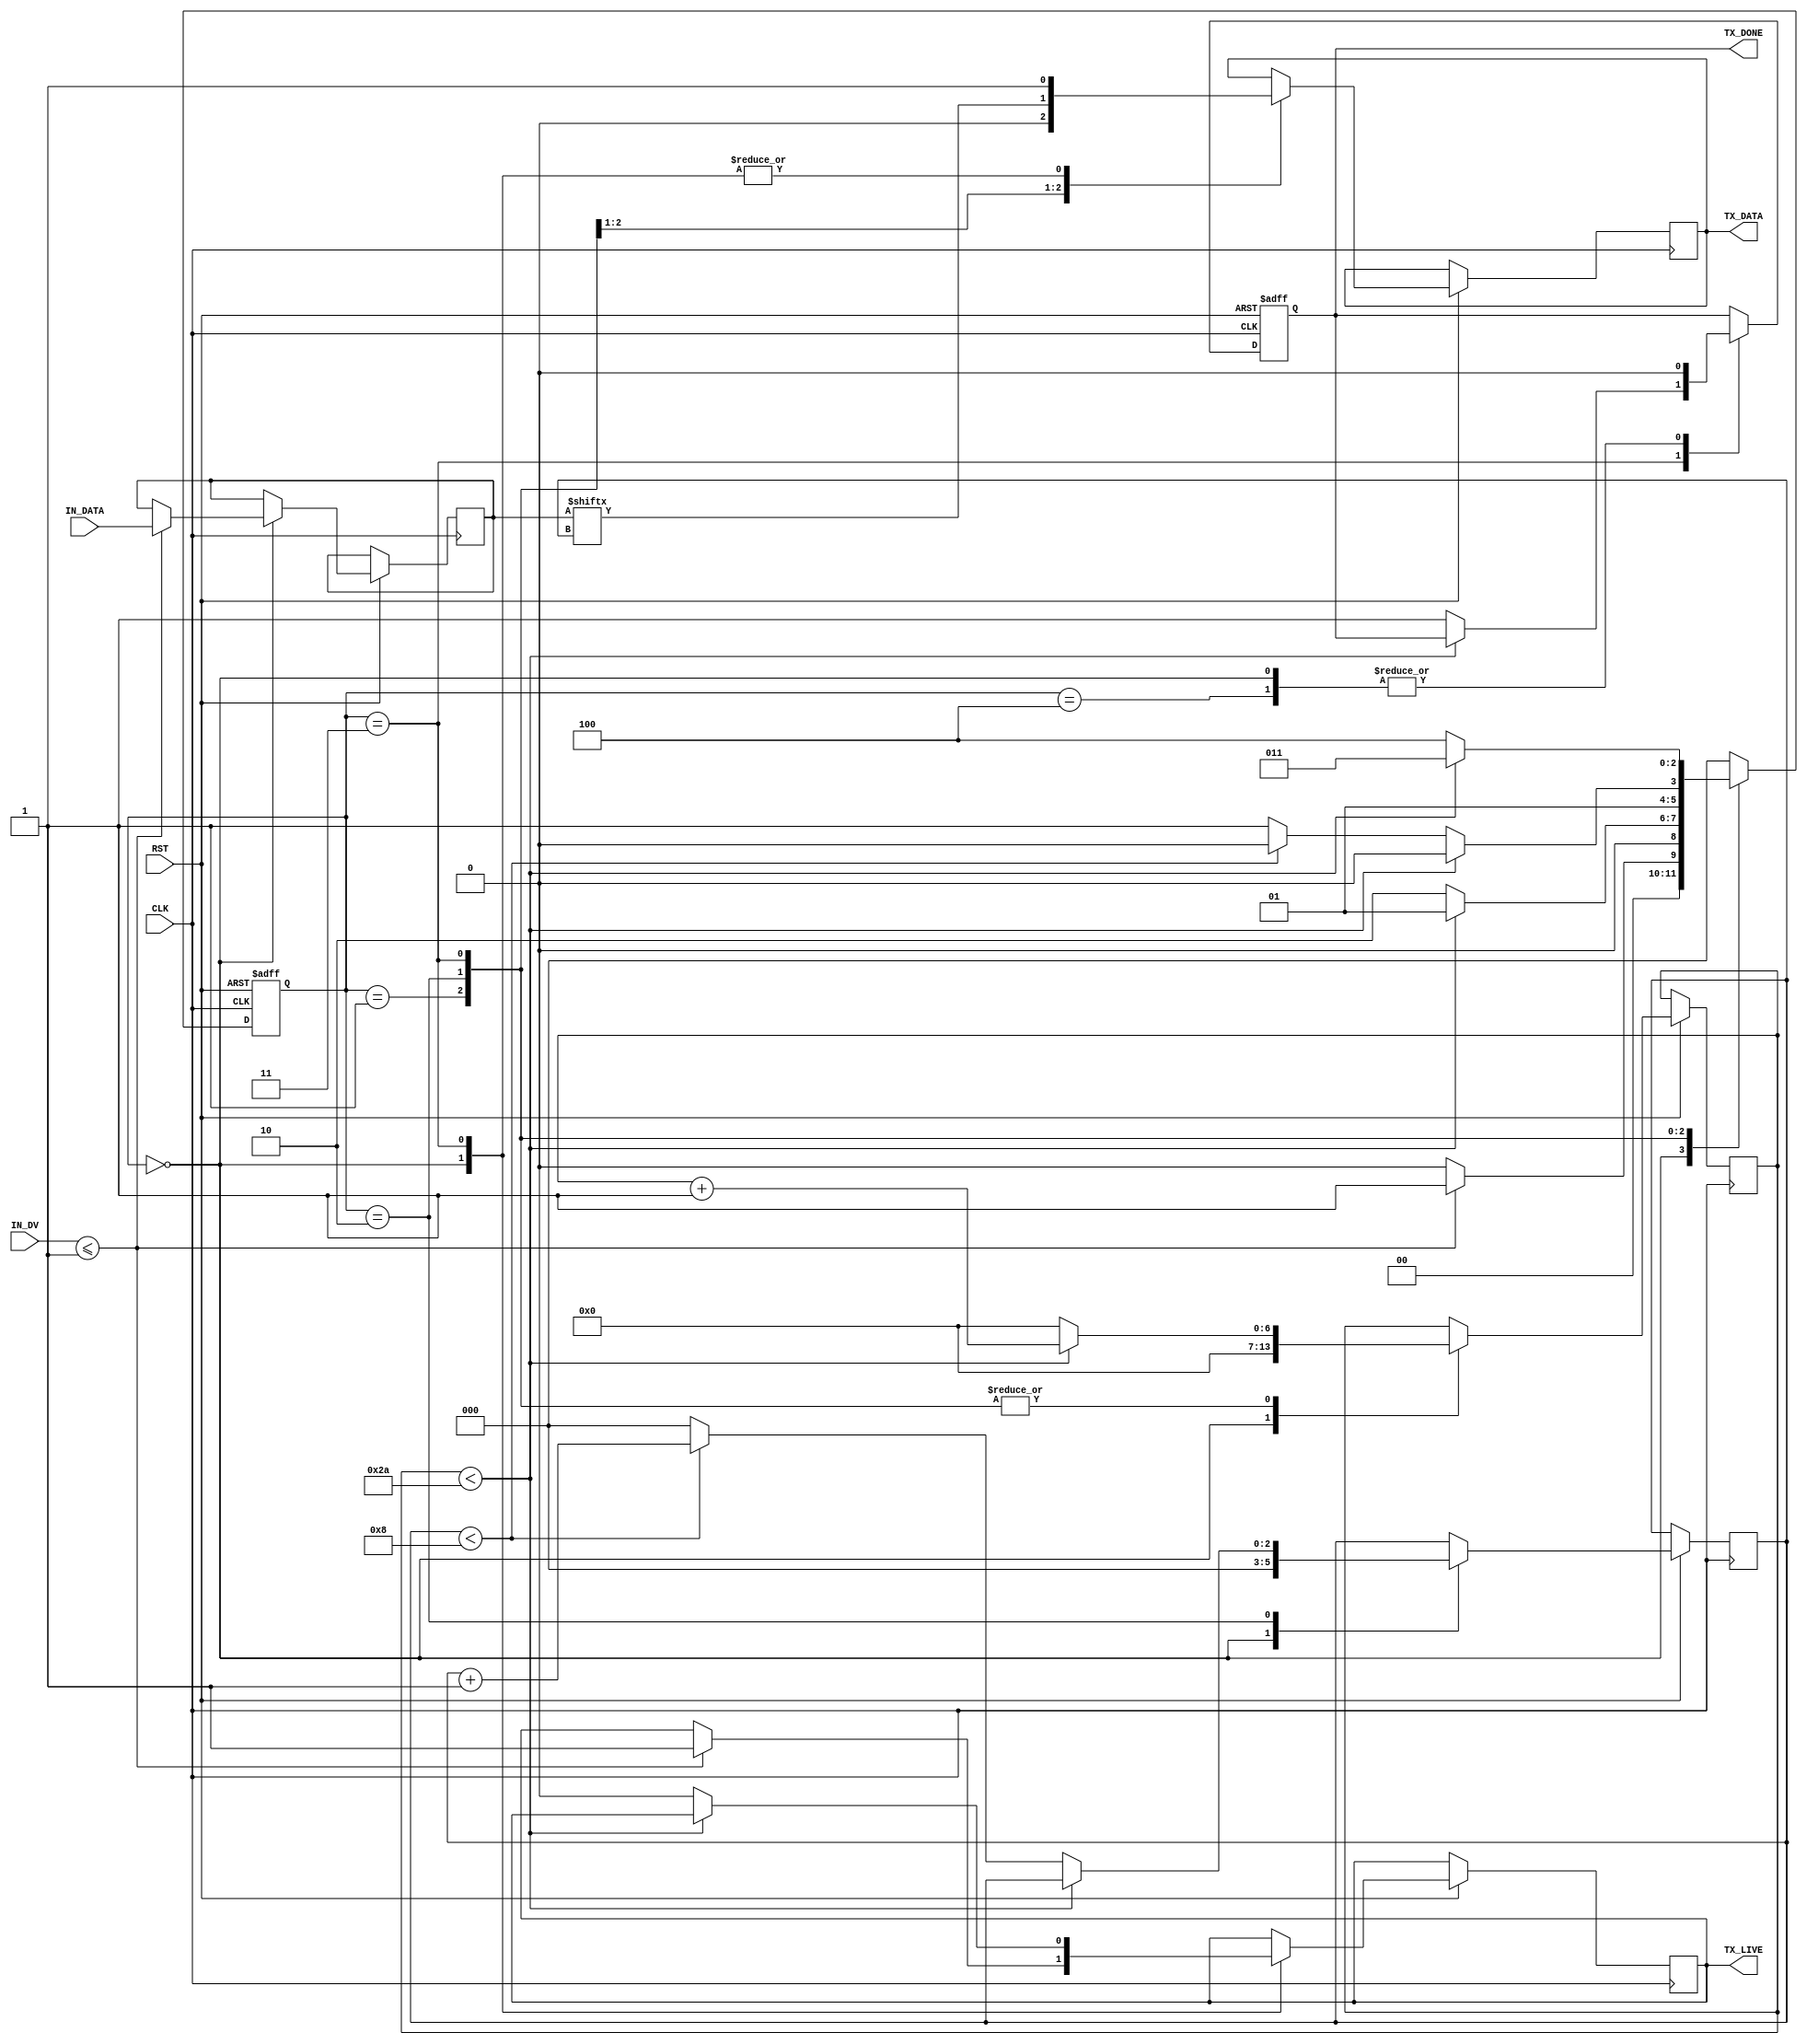
`timescale 1ns / 1ps
//__________________________________________________________________________________________________________//
//                             UART Transmitter Inspired from nandland.com                                  //
//                             Setting BAUD rate to 115200 and clock to 5Mhz                                //
//__________________________________________________________________________________________________________//

module TRX                             //This is clocks used per bit obtained by Clock_freq/Baud_rate 
(
input RST,CLK,
input IN_DV,                                                //Input data valid bit 
input [7:0] IN_DATA,                                        //Input data 8 bit length 
output reg TX_LIVE,                                        //Output signal indicating Transmission is active
output reg TX_DONE,                                        //Output signal indicating Transmission is complete
output reg TX_DATA                                         //Transmitted Data
);

parameter CLKS_PER_BIT = 43;                               //This is clocks used per bit obtained by Clock_freq/Baud_rate 

//Defining different states
localparam IDLE  = 3'b000;
localparam START = 3'b001;
localparam SEND  = 3'b010;
localparam STOP  = 3'b011;
localparam CLR   = 3'b100;

//Setting up various containers used inside the module 

reg [2:0] state;                                          //Holds the current state of the machine
reg [2:0] bit_index;                                      //for iterating through data for transmission 
reg [$clog2(CLKS_PER_BIT):0] clk_count;                   //$clog2 is the log function with base 2, Here it gives the length for the clk counter
reg [7:0] DATA;                                           //Holds the Data that is to be transmitted

always@(posedge CLK or negedge RST)
begin
    //Chck for reset condition else continue 
    if (~RST)
    begin
        state <= IDLE;                       
        TX_DONE <= 1'b0;
    end
    
    else
    begin
        case (state)
        IDLE://IDLE state where there is no transmission is happening and constanty checks for the Datavalid signal to be activated
        begin
            TX_DATA <= 1'b1;
            TX_DONE <= 1'b0;
            clk_count <= 0;
            bit_index <= 3'b000;
            
            if(IN_DV <= 1'b1)
            begin
                TX_LIVE <= 1'b1;
                DATA <= IN_DATA;
                state <= START;
            end
            else
                state <= IDLE;
        end 
        
        
        START://START state initiates the UART protocol by pulling down TX_DATA to low for 1 bit
        begin
            TX_DATA <= 1'b0;
            
            if(clk_count < CLKS_PER_BIT-1)
            begin
                clk_count <= clk_count+1;
                state <= START;
            end
            else
            begin
                state <= SEND;
                clk_count <= 0;
            end
        end 
       
       
        SEND://SEND state is where the data is read and transmitted
        begin
            TX_DATA <= DATA[bit_index];
            
            if(clk_count < CLKS_PER_BIT-1)
            begin
                clk_count <= clk_count+1;
                state <= SEND;
            end
            else
            begin
                clk_count <= 0;
                if(bit_index  < 8)
                begin
                    bit_index <= bit_index+1;
                    state <= SEND;
                end
                else
                begin
                    bit_index <= 0;
                    state <= STOP;
                end
            end
        end 
          
          
        STOP://STOP state sends out the stop bit and resets the machine
        begin
            TX_DATA <= 1;
            
            if(clk_count < CLKS_PER_BIT-1)
            begin
                clk_count <= clk_count+1;
                state <= STOP;
            end
            else
            begin
                TX_DONE <= 1'b1;
                clk_count <= 0;
                TX_LIVE <= 0;
                state <= CLR;
            end
        end         
        
        CLR:
        begin
            TX_DONE <= 1'b0;
            state <= IDLE;
        end 
        
        
        default://Set default state to IDLE
            state <= IDLE;
        
            
        endcase
    end        
end           
   
endmodule